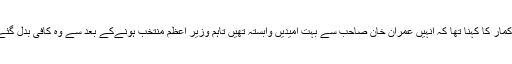
بلدیو کمار کا کہنا تھا کہ انہیں عمران خان صاحب سے بہت امیدیں وابستہ تھیں تاہم وزیر اعظم منتخب ہونےکے بعد سے وہ کافی بدل گئے ہیں۔